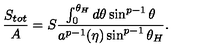
{ \frac { S _ { t o t } } { A } } = S { \frac { \int _ { 0 } ^ { \theta _ { H } } d \theta \sin ^ { p - 1 } \theta } { a ^ { p - 1 } ( \eta ) \sin ^ { p - 1 } \theta _ { H } } } .